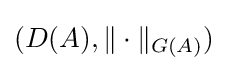
(D(A),\|\cdot \|_{G(A)})